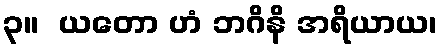
၃။  ယတော ဟံ ဘဂိနိ အရိယာယ၊